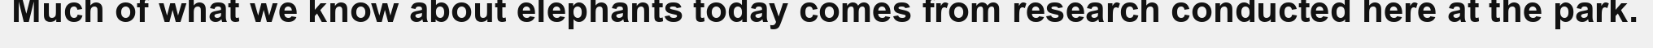
Much of what we know about elephants today comes from research conducted here at the park.